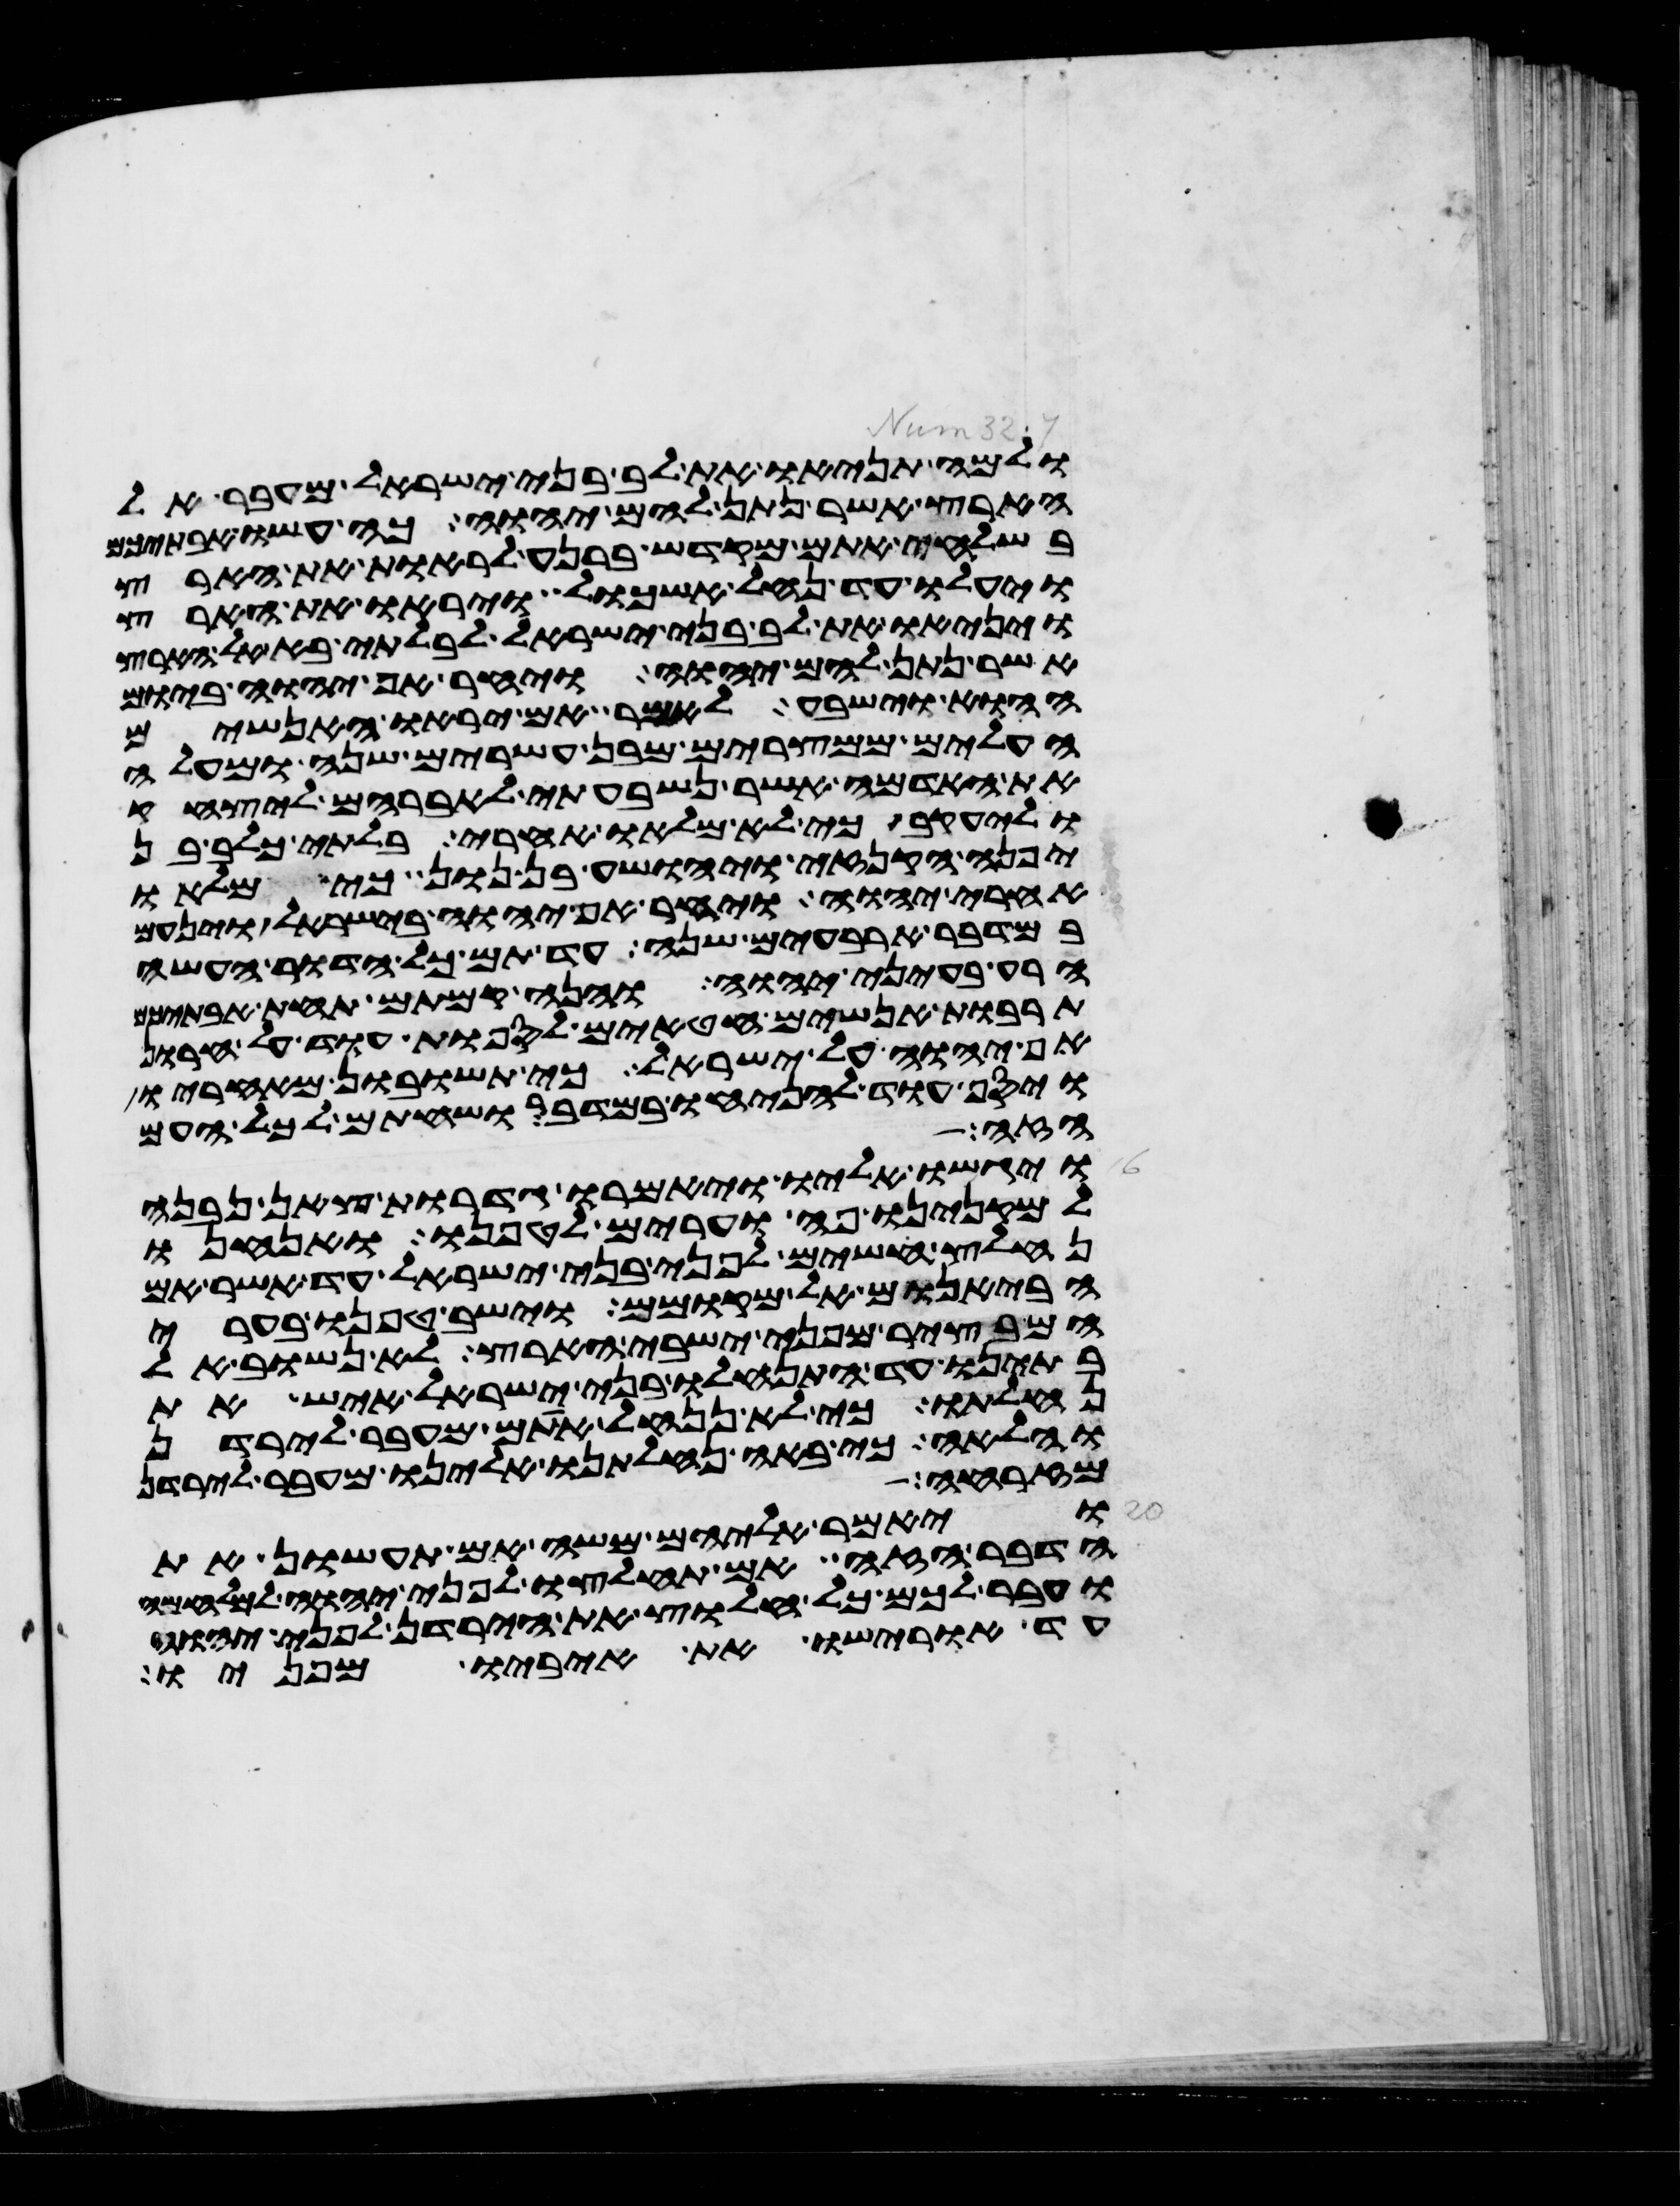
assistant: ולמה תניאו את לב בני ישראל מעבר אל
הארץ אשר נתן להם יהוה כה עשו אבתיכם
בשלחי אתם מקדש ברנע לראות את הארץ
ויעלו עד נחל אשכול ויראו את הארץ
ויניאו את לב בני ישראל לבלתי בא אל הארץ
אשר נתן להם יהוה ויחר אף יהוה ביום
ההוא וישבע לאמר אם יראו האנשים
העלים ממצרים מבן עשרים שנה ומעלה
את האדמה אשר נשבעתי לאברהם ליצחק
וליעקב כי לא מלאו אחרי בלתי כלב בן
יפנה הקנזי ויהושע בן נון כי מלאו
אחרי יהוה ויחר אף יהוה בישראל וינעם
במדבר ארבעים שנה עד תם כל הדור העשה
הרע בעיני יהוה והנה קמתם תחת אבתיכם
תרבות אנשים חטאים לספות עוד על חרון
אף יהוה על ישראל כי תשובון מאחריו
ויסף עוד להניחו במדבר ושחתם לכל העם
הזה
ויגשו אליו ויאמרו גדרות צאן נבנה
למקנינו פה וערים לטפנו ואנחנו
נחלץ חשים לפני בני ישראל עד אשר אם
הבאנום אל מקומם וישב טפנו בערי
המבצר מפני ישבי הארץ לא נשוב אל
בתינו עד התנחלו בני ישראל איש את
נחלתו כי לא ננחל אתם מעבר לירדן
והלאה כי באה נחלתנו אלינו מעבר לירדן
מזרחה
ויאמר אליהם משה אם תעשון את
הדבר הזה ואם תחלצו לפני יהוה למלחמה
ועבר לכם כל חלוץ את הירדן לפני יהוה
עד אורישו את איביו מפניו